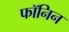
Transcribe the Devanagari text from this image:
फॉनिन